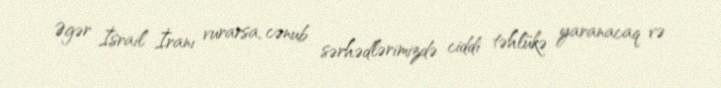
Əgər İsrail İranı vurarsa, cənub sərhədlərimizdə ciddi təhlükə yaranacaq və